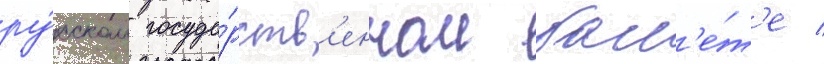
ру́сском госуда́рств'енном бал'е́т'е /